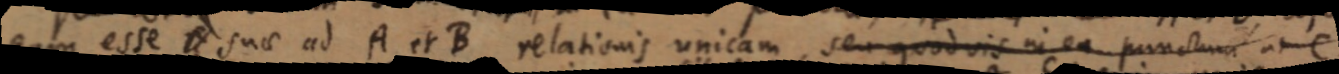
eam esse _ suae ad A et B relationis unicam seu quod vis in ea punctum ut C